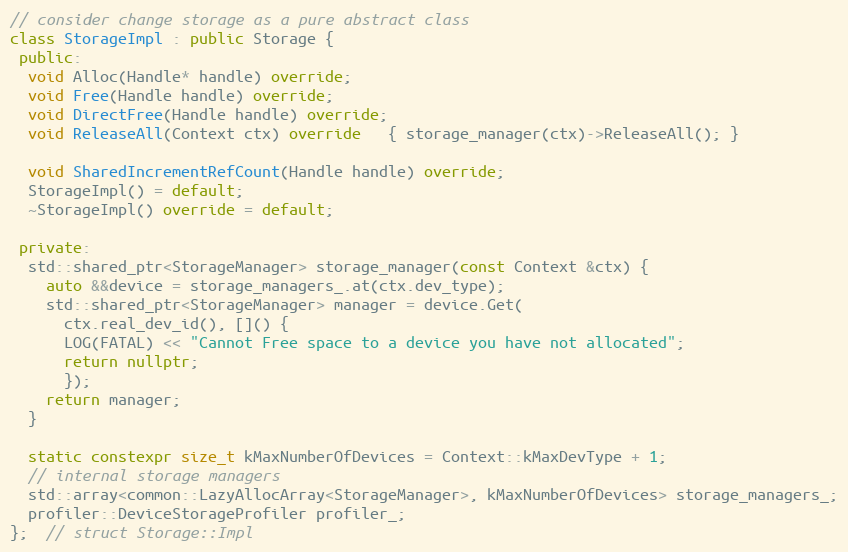
Language: C++
// consider change storage as a pure abstract class
class StorageImpl : public Storage {
 public:
  void Alloc(Handle* handle) override;
  void Free(Handle handle) override;
  void DirectFree(Handle handle) override;
  void ReleaseAll(Context ctx) override   { storage_manager(ctx)->ReleaseAll(); }

  void SharedIncrementRefCount(Handle handle) override;
  StorageImpl() = default;
  ~StorageImpl() override = default;

 private:
  std::shared_ptr<StorageManager> storage_manager(const Context &ctx) {
    auto &&device = storage_managers_.at(ctx.dev_type);
    std::shared_ptr<StorageManager> manager = device.Get(
      ctx.real_dev_id(), []() {
      LOG(FATAL) << "Cannot Free space to a device you have not allocated";
      return nullptr;
      });
    return manager;
  }

  static constexpr size_t kMaxNumberOfDevices = Context::kMaxDevType + 1;
  // internal storage managers
  std::array<common::LazyAllocArray<StorageManager>, kMaxNumberOfDevices> storage_managers_;
  profiler::DeviceStorageProfiler profiler_;
};  // struct Storage::Impl